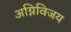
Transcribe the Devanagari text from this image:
अग्निविजय